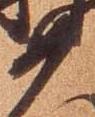
如